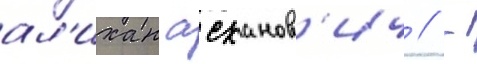
ал'ихан асханов'ич // -